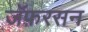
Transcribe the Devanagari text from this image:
जॅफ़रसन